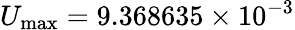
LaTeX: U_{\mathrm{max}}=9.368635\times 10^{-3}